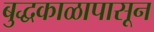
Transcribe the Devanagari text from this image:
बुद्धकाळापासून